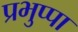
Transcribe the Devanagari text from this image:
प्रभुप्पा